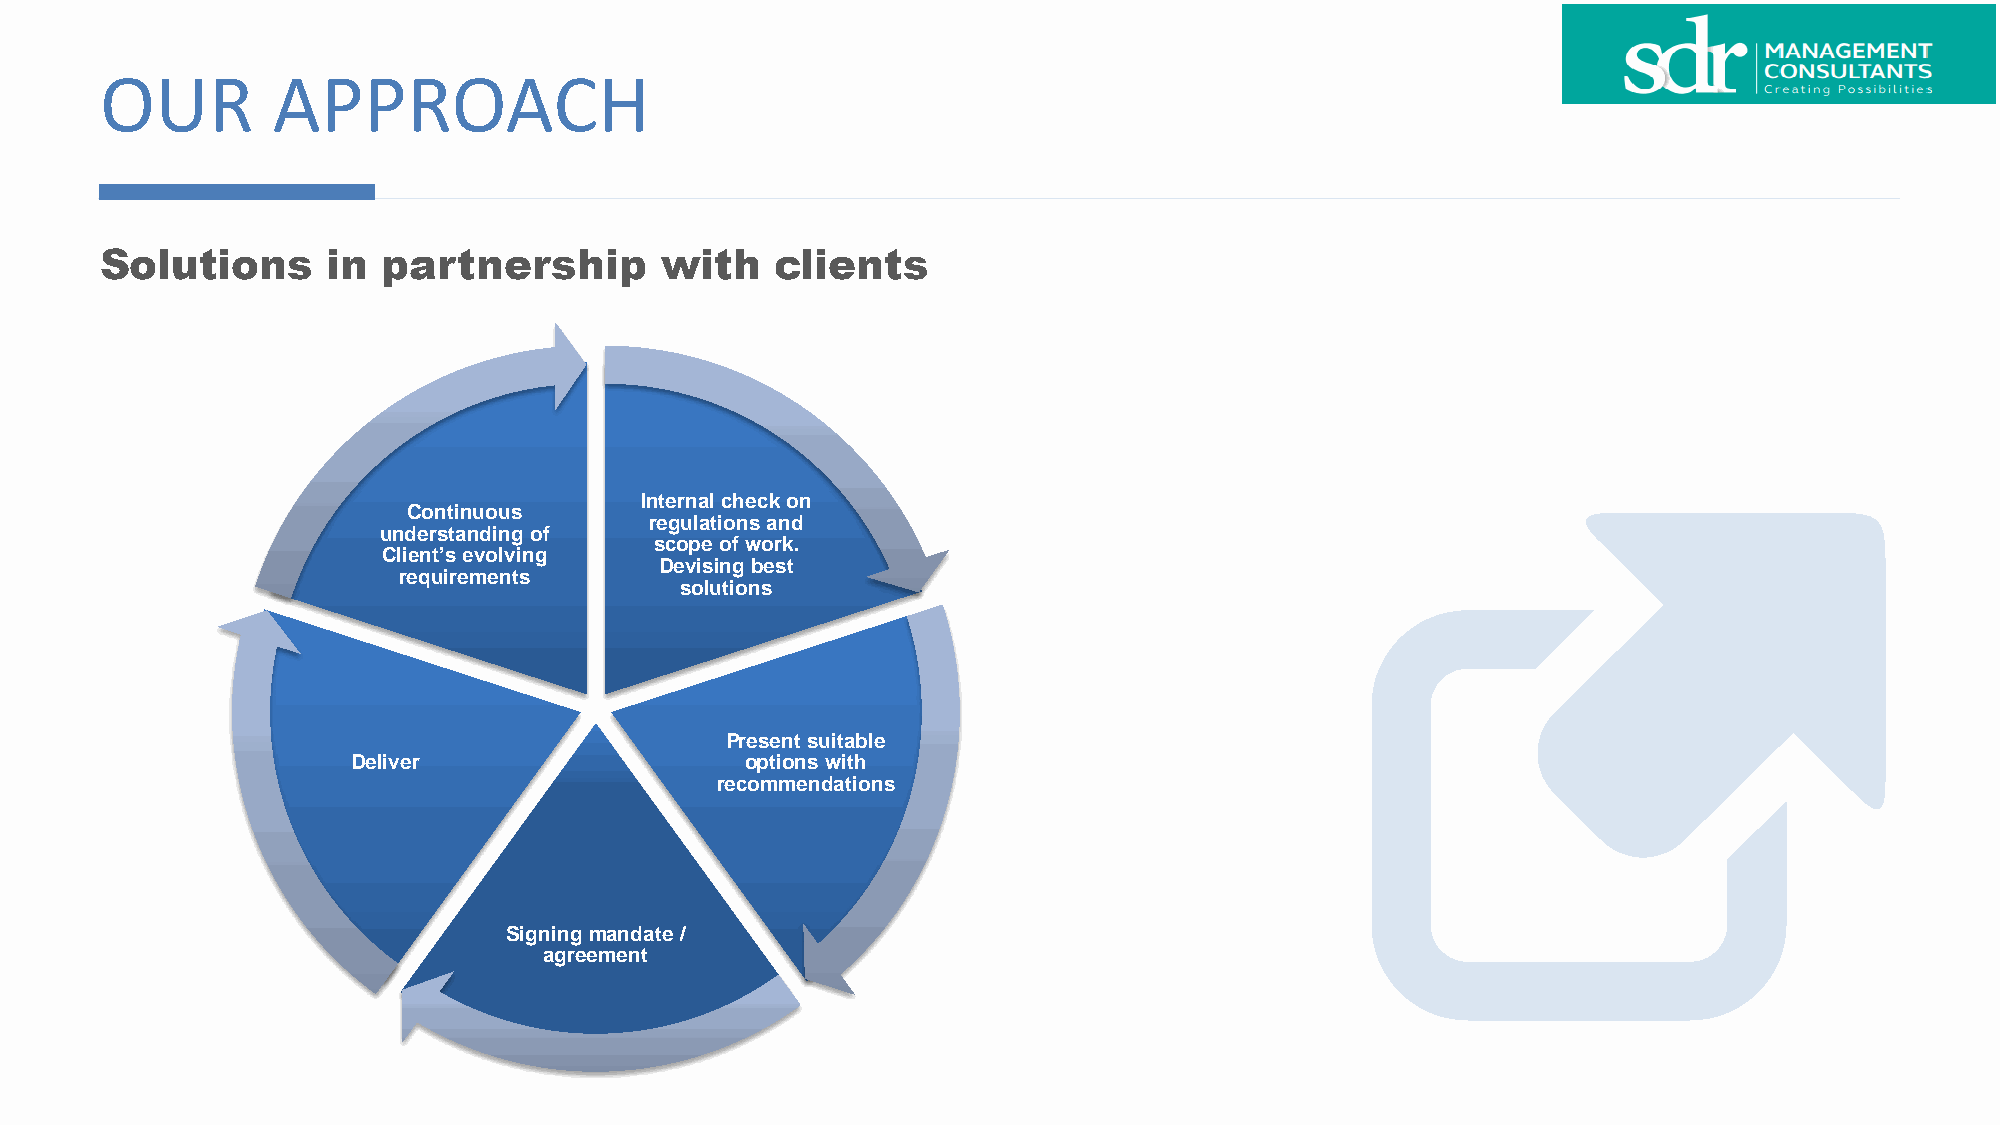
OUR        APPROACH
 Solutions      in partnership        with   clients
 Internal check on
 Continuous
 regulations and
 understanding of
 scope of work.
 Client’s evolving
 Devising best
 requirements
 solutions
 Present suitable
 Deliver                   options with
 recommendations
 Signing mandate /
 agreement